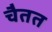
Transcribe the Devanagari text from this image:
चैतत